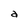
Character: a